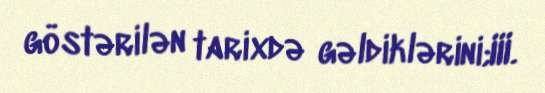
göstərilən tarixdə gəldiklərini;III.